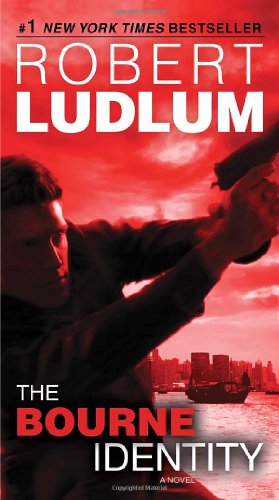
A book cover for The Bourne Identity: A Novel (Jason Bourne); Robert Ludlum; Mystery, Thriller & Suspense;